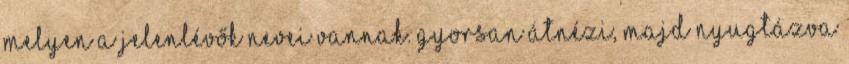
melyen a jelenlévők nevei vannak. Gyorsan átnézi, majd nyugtázva